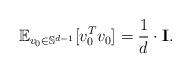
LaTeX: \begin{align*}\mathbb{E}_{v_0 \in \mathbb{S}^{d-1}} [v_0^T v_0] = \frac{1}{d} \cdot \mathbf{I}.\end{align*}